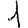
Digit: 1